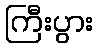
ကြီးပွား